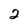
Character: 2